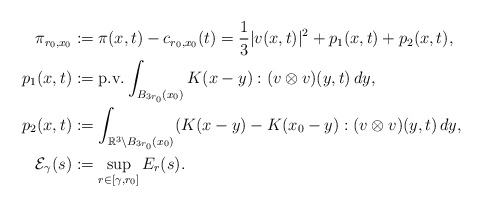
\begin{align*}\pi_{r_0,x_0} &:= \pi(x,t) - c_{r_0,x_0}(t) = \frac{1}{3} |v(x,t)|^2 + p_1(x,t) + p_2(x,t),\\p_1(x,t) &:= \textnormal{p.v.} \int_{B_{3r_0}(x_0)} K(x - y) : (v \otimes v)(y, t) \,dy,\\p_2(x,t) &:= \int_{\mathbb{R}^3 \setminus B_{3r_0}(x_0)} (K(x - y) - K(x_0-y) : (v \otimes v)(y, t) \,dy,\\\mathcal{E}_\gamma(s) &:= \sup_{r \in [\gamma,r_0]} E_r(s).\end{align*}